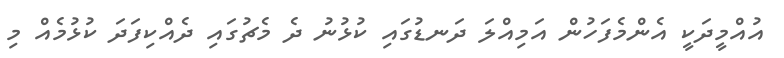
އުއްމީދަކީ އެންމެފަހުން އަމިއްލަ ދަނޑުގައި ކުޅުނު ދެ މެޗުގައި ދެއްކިފަދަ ކުޅުމެއް މި